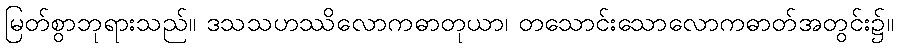
မြတ်စွာဘုရားသည်။ ဒသသဟဿိလောကဓာတုယာ၊ တသောင်းသောလောကဓာတ်အတွင်း၌။